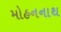
મોહનનાથ